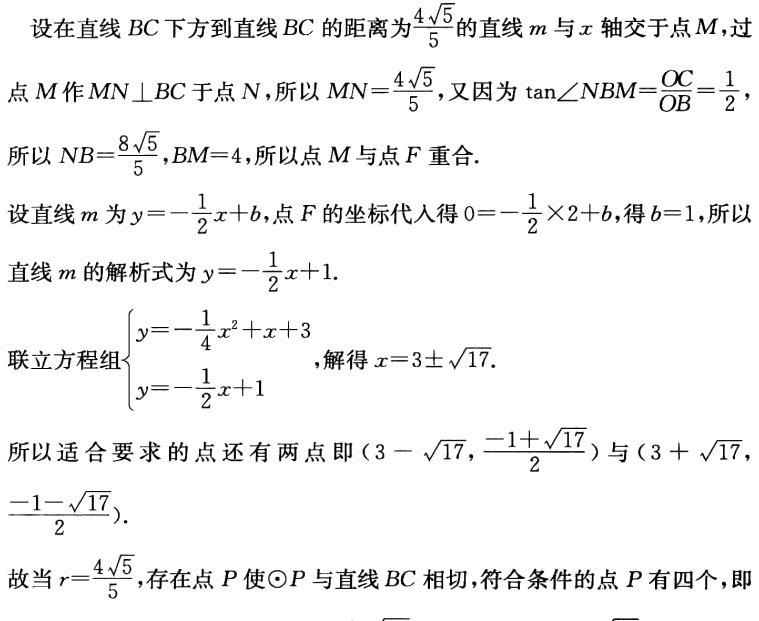
设在直线 \(BC\) 下方到直线 \(BC\) 的距离为\(\frac{4\sqrt{5}}{5}\)的直线 \(m\) 与 \(x\) 轴交于点 \(M\)，过点 \(M\) 作 \(MN\perp BC\) 于点 \(N\)，所以 \(MN = \frac{4\sqrt{5}}{5}\)，又因为 \(\tan\angle NBM=\frac{OC}{OB}=\frac{1}{2}\)，所以 \(NB = \frac{8\sqrt{5}}{5},BM = 4\)，所以点 \(M\) 与点 \(F\) 重合.
设直线 \(m\) 为 \(y = -\frac{1}{2}x + b\)，点 \(F\) 的坐标代入得 \(0=-\frac{1}{2}\times2 + b\)，得 \(b = 1\)，所以直线 \(m\) 的解析式为 \(y = -\frac{1}{2}x + 1\).
联立方程组\(\begin{cases}y = -\frac{1}{4}x^{2}+x + 3\\y = -\frac{1}{2}x + 1\end{cases}\)，解得 \(x = 3\pm\sqrt{17}\).
所以适合要求的点还有两点即\((3 - \sqrt{17},\frac{-1 + \sqrt{17}}{2})\)与\((3 + \sqrt{17},\frac{-1 - \sqrt{17}}{2})\).
故当 \(r=\frac{4\sqrt{5}}{5}\)，存在点 \(P\) 使\(\odot P\) 与直线 \(BC\) 相切，符合条件的点 \(P\) 有四个，即